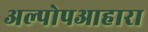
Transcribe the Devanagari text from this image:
अल्पोपआहारा